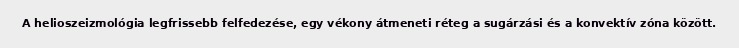
A helioszeizmológia legfrissebb felfedezése, egy vékony átmeneti réteg a sugárzási és a konvektív zóna között.